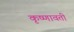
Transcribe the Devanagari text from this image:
कृष्णावती